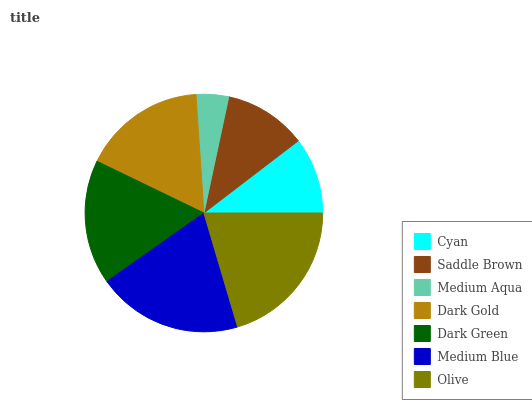
| Cyan | Saddle Brown | Medium Aqua | Dark Gold | Dark Green | Medium Blue | Olive |
 | --- | --- | --- | --- | --- | --- | --- |
 | 10.4% | 11.3% | 4.41% | 16.7% | 17% | 19.8% | 20.4% |